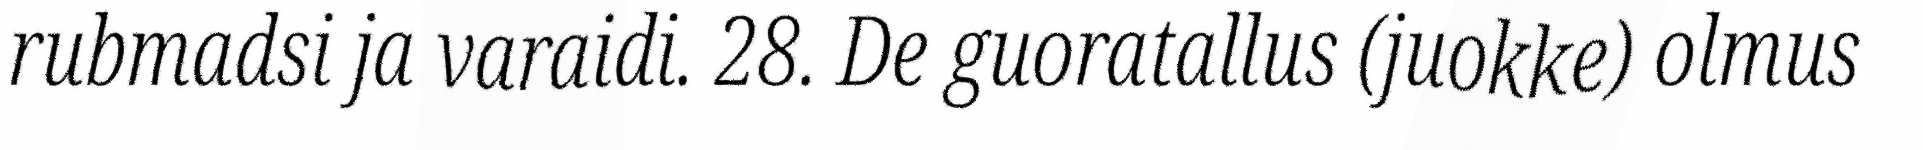
rubmadsi ja varaidi. 28. De guoratallus (juokke) olmus